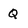
Character: Q